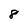
Character: 8